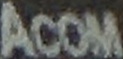
Acom